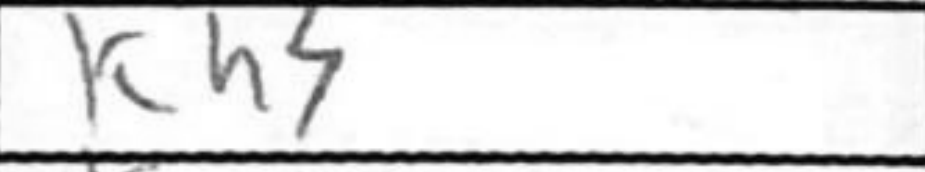
Transcription: Kh3